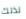
لذلك